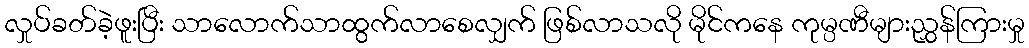
လှုပ်ခတ်ခဲ့ဖူးပြီး သာလောက်သာထွက်လာစေလျှက် ဖြစ်လာသလို မိုင်ကနေ ကုမ္ပဏီများညွှန်ကြားမှု